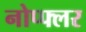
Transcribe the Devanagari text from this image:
नोप्फ्लर